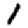
Digit: 1